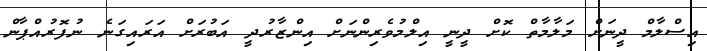
އިސްލާމް ދީނަށް މަލާމާތް ކޮށް ދީނީ އިިލްމުވެރިންނަށް އިންޒާރުދީ އަބުރަށް އަރައިގަނެ ނުފޮރުއްޕާން